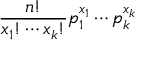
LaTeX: { \frac { n ! } { x _ { 1 } ! \cdots x _ { k } ! } } p _ { 1 } ^ { x _ { 1 } } \cdots p _ { k } ^ { x _ { k } }